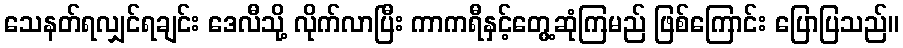
သေနတ်ရလျှင်ရချင်း ဒေလီသို့ လိုက်လာပြီး ကာကရီနှင့်တွေ့ဆုံကြမည် ဖြစ်ကြောင်း ပြောပြသည်။